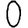
Digit: 0